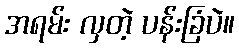
အရမ်း လှတဲ့ ပန်းခြံပဲ။